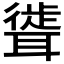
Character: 𫆎